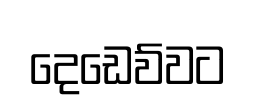
දෙඩෙව්වට